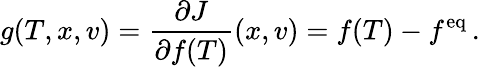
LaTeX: g(T,x,v)=\frac{\partial J}{\partial f(T)}(x,v)=f(T)-f^{\mathrm{eq}}\, .